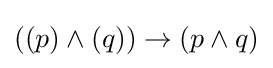
((p)\wedge (q))\rightarrow (p\wedge q)